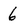
Character: 6